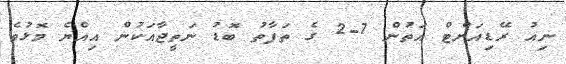
ނިއު ރޭޑިއަންޓް އަތުން 7-2 ގެ ތަފާތު ބޮޑު ނަތީޖާއަކުން އިއްޔެ މޮޅުވެ